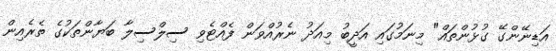
އަޑިނޭންގޭ ގުޅުންތައް" މިނަމުގައި އަދީބު މިއަދު ނެރުއްވަން ފެއްޓެވި ސިލްސިލާ ބަޔާންތަކުގެ ތެރެއިން